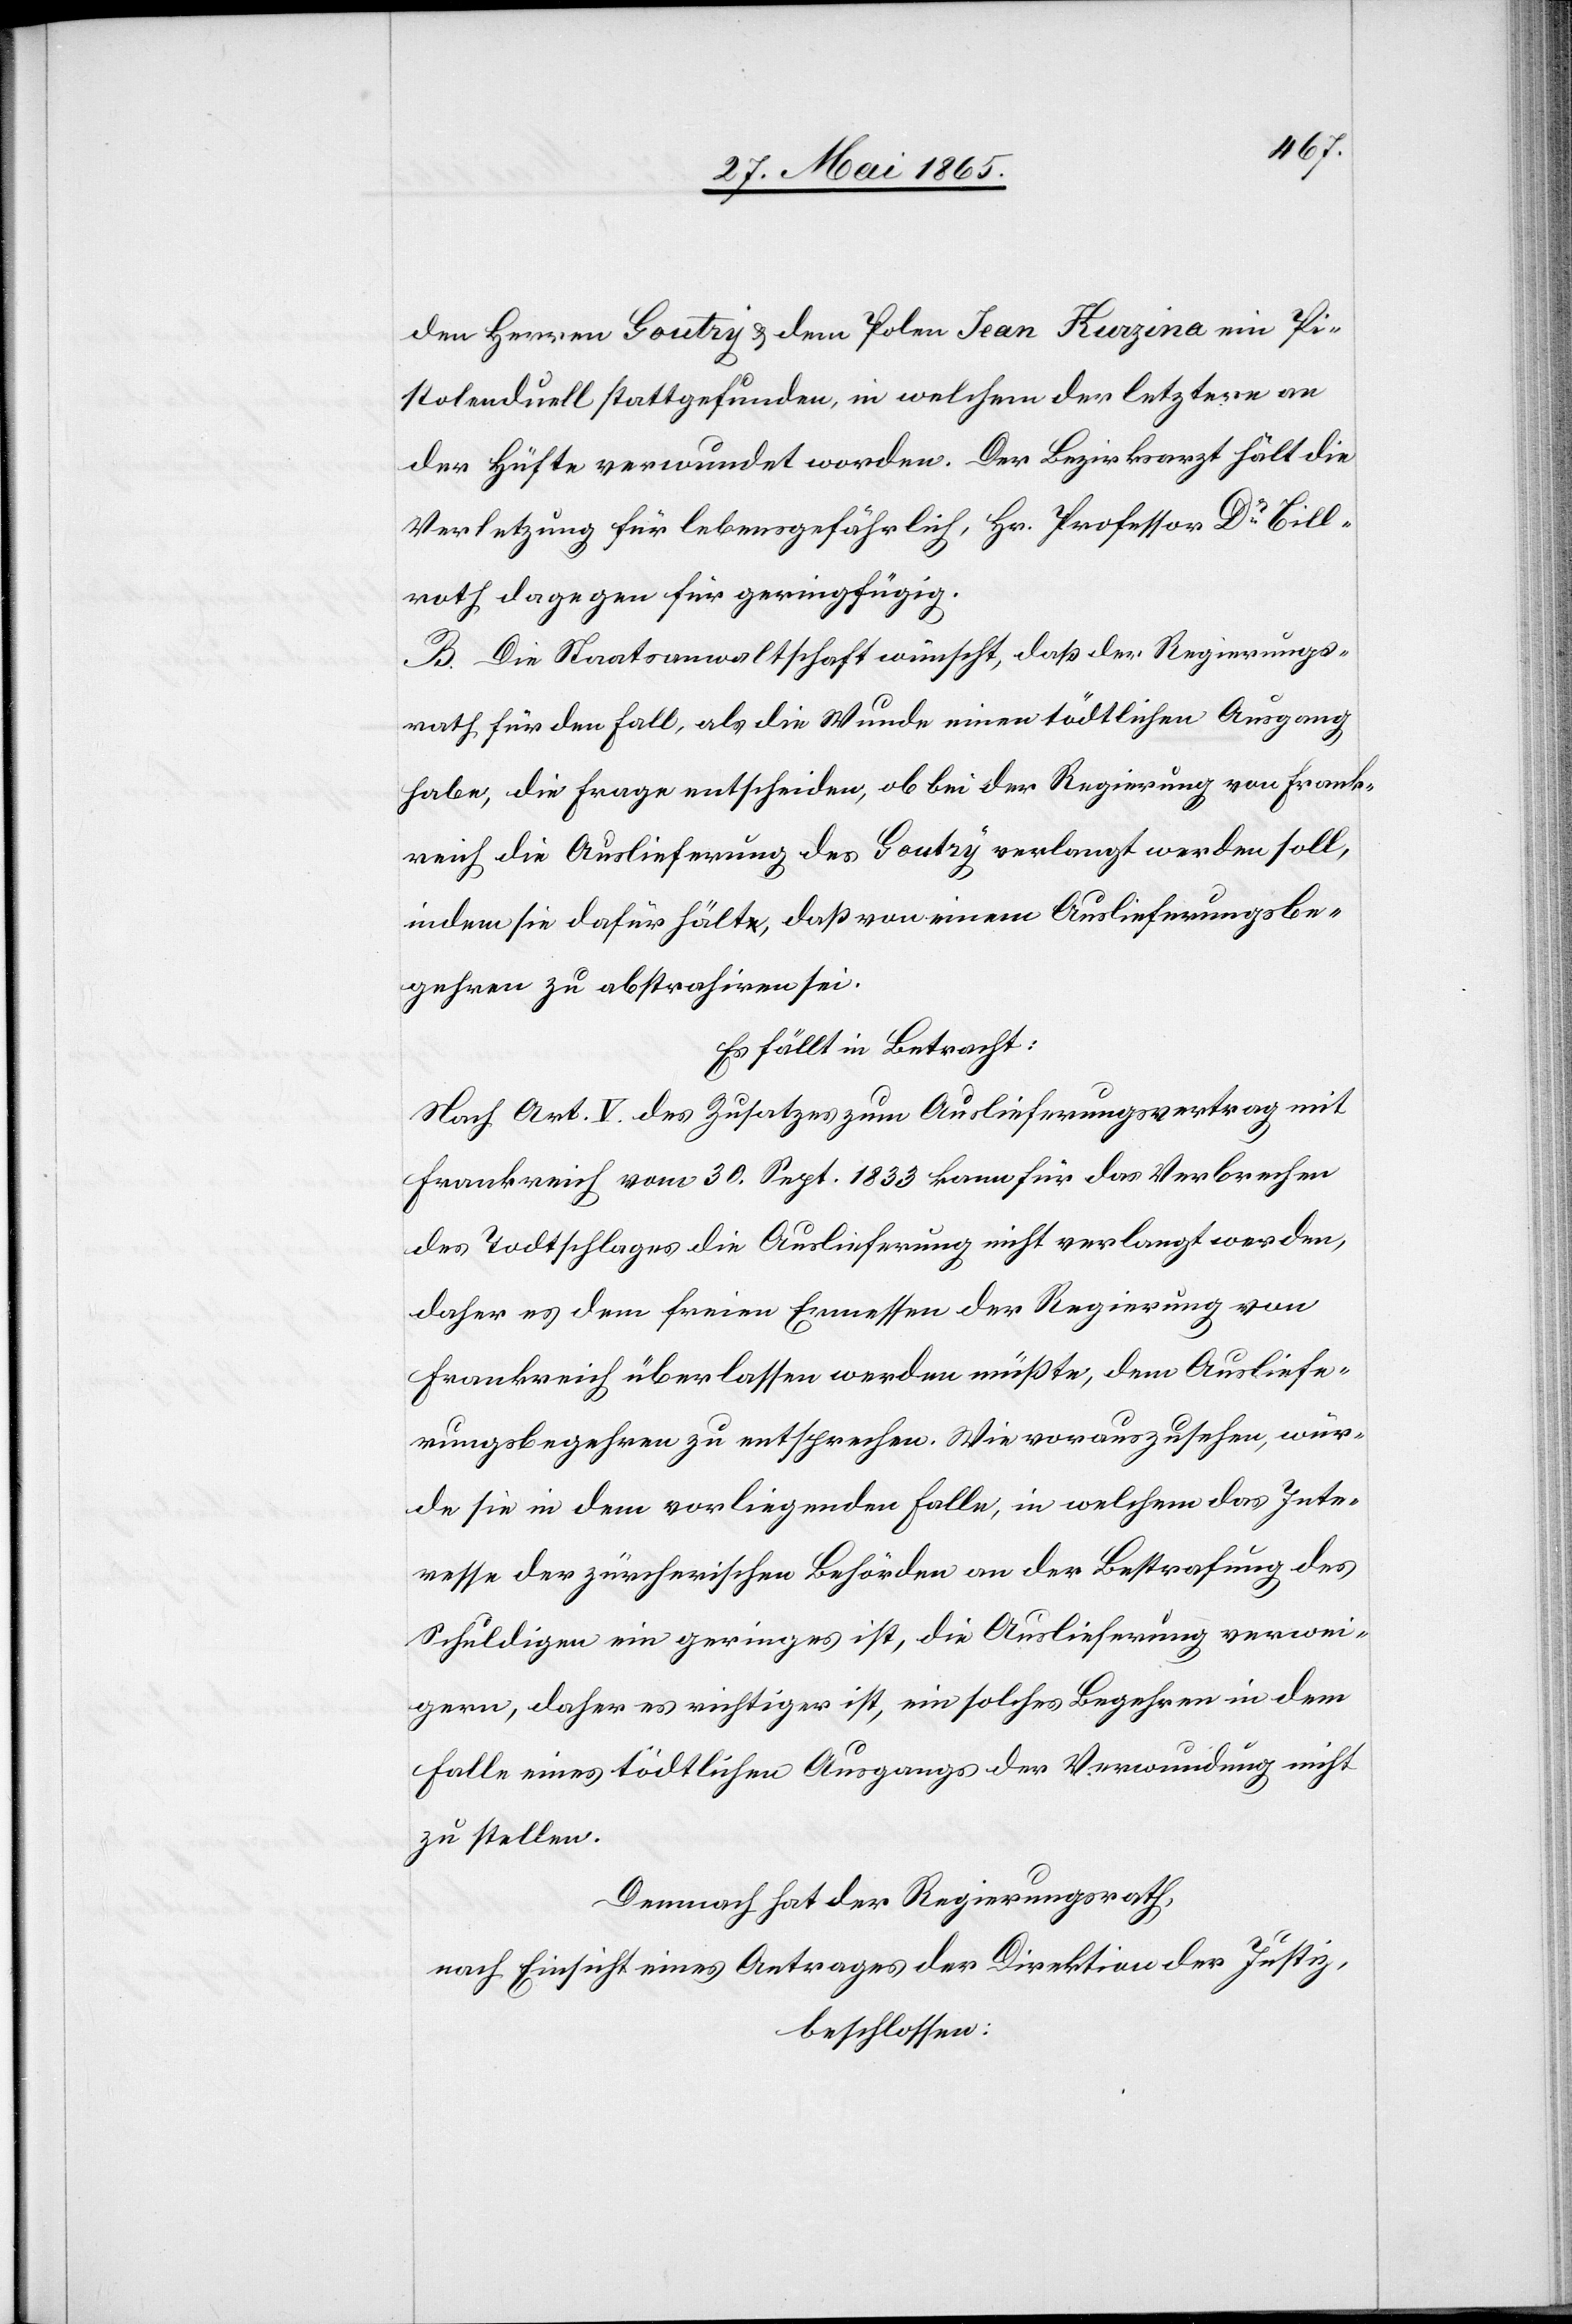
den Herren Goutry & dem Polen Jean Kurzina ein Pi¬
stolenduell stattgefunden, in welchem der letztere an
der Hüfte verwundet worden. Der Bezirksarzt hält die
Verletzung für lebensgefährlich, Hr. Professor Dr Bill¬
roth dagegen für geringfügig.
B. Die Staatsanwaltschaft wünscht, daß der Regierungs¬
rath für den Fall, als die Wunde einen tödtlichen Ausgang
habe, die Frage entscheiden, ob bei der Regierung von Frank¬
reich die Auslieferung des Goutry verlangt werden soll,
indem sie dafür hält, daß von einem Auslieferungsbe¬
gehren zu abstrahiren sei.
Es fällt in Betracht:
Nach Art. V. des Zusatzes zum Auslieferungsvertrag mit
Frankreich vom 30. Sept. 1833 kann für das Verbrechen
des Todtschlages die Auslieferung nicht verlangt werden,
daher es dem freien Ermessen der Regierung von
Frankreich überlassen werden müßte, dem Ausliefe¬
rungsbegehren zu entsprechen. Wie vorauszusehen, wür¬
de sie in dem vorliegenden Falle, in welchem das Inte¬
resse der zürcherischen Behörden an der Bestrafung des
Schuldigen ein geringes ist, die Auslieferung verwei¬
gern, daher es richtiger ist, ein solches Begehren in dem
Falle eines tödtlichen Ausgangs der Verwundung nicht
zu stellen.
Demnach hat der Regierungsrath,
nach Einsicht eines Antrages der Direktion der Justiz,
beschlossen: